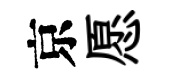
京愿